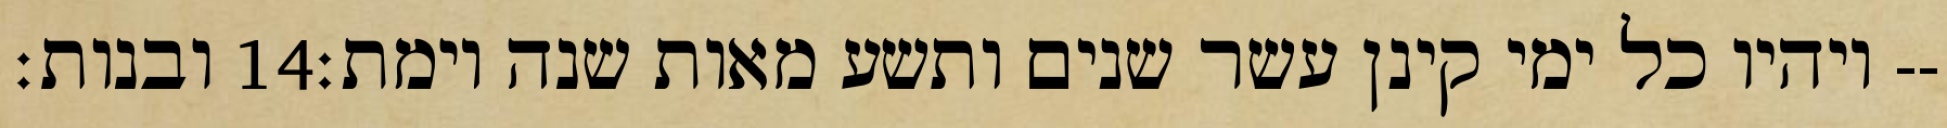
ובנות׃ ‎14‏ ויהיו כל ימי קינן עשר שנים ותשע מאות שנה וימת׃--